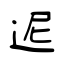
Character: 迡